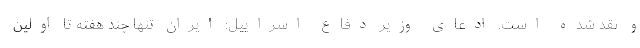
و نقد شده است. ادعای وزیر دفاع اسراییل: ایران تنها چند هفته تا اولین